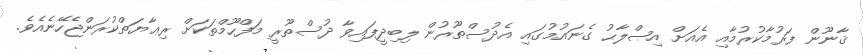
ޤާނޫން ފަރުމާކުރުމާއި އެއަށް އިޞްލާޙު ގެނައުމުގައި އެދުސްތޫރުން ލިބިދީފައިވާ ދުސްތޫރީ މަފްހޫމްތަކަށް ރިޢާޔަތްކުރަންޖެހޭނެއެވެ.